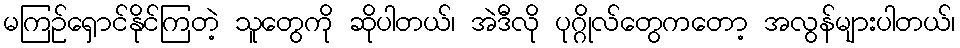
မကြဉ်ရှောင်နိုင်ကြတဲ့ သူတွေကို ဆိုပါတယ်၊ အဲဒီလို ပုဂ္ဂိုလ်တွေကတော့ အလွန်များပါတယ်၊